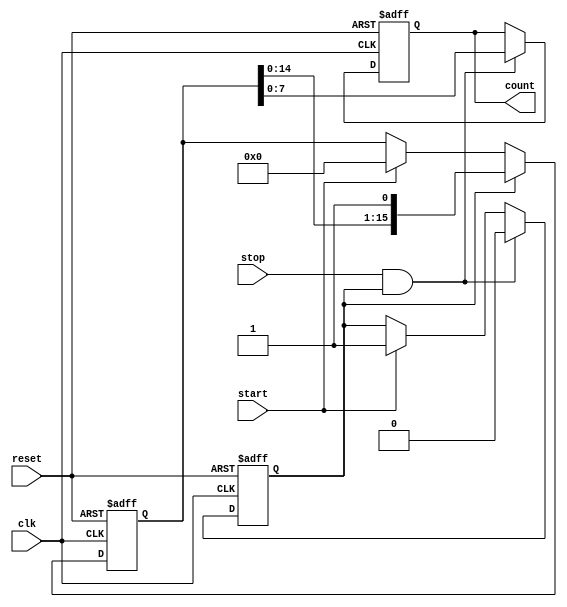
module TDC (
    input wire clk,          // Clock signal
    input wire reset,        // Reset signal
    input wire start,        // Start signal
    input wire stop,         // Stop signal
    output reg [N-1:0] count // Digital output (N-bit)
);
    parameter N = 8;         // Number of bits for output (resolution)
    parameter DELAY_COUNT = 16; // Number of delay elements in the delay line

    reg [DELAY_COUNT-1:0] delay_line; // Delay line
    reg [N-1:0] sample;                // Sampled value
    reg counting;                      // Counting flag
    integer i;

    // Initialize the delay line and output count
    always @(posedge clk or posedge reset) begin
        if (reset) begin
            delay_line <= 0;
            count <= 0;
            counting <= 0;
        end else begin
            if (start) begin
                counting <= 1; // Start counting
                delay_line <= 0; // Reset delay line
            end
            
            if (counting) begin
                // Shift the delay line
                delay_line <= {delay_line[DELAY_COUNT-2:0], 1'b1}; // Introduce a delay
            end
            
            if (stop && counting) begin
                counting <= 0; // Stop counting
                // Sample the delay line
                sample = delay_line; // Capture the current state of the delay line
                count <= sample[N-1:0]; // Assign the sampled value to count (limited to N bits)
            end
        end
    end

endmodule